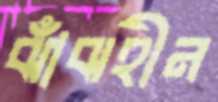
ঝাঁঝহীন